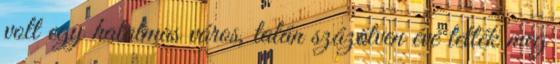
volt egy hatalmas város, talán százötven éve tették meg